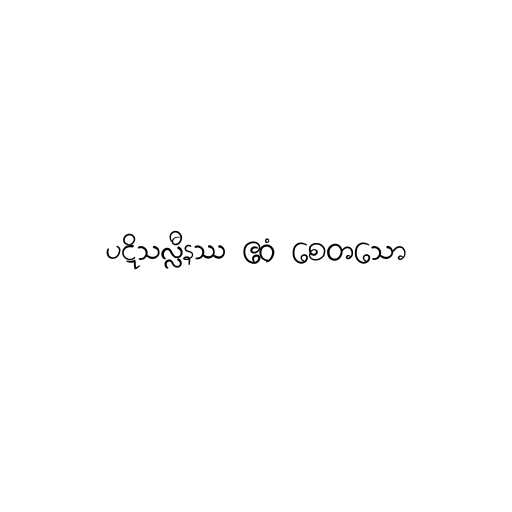
ပဋိသလ္လီနဿ ဧဝံ စေတသော